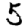
Digit: 5